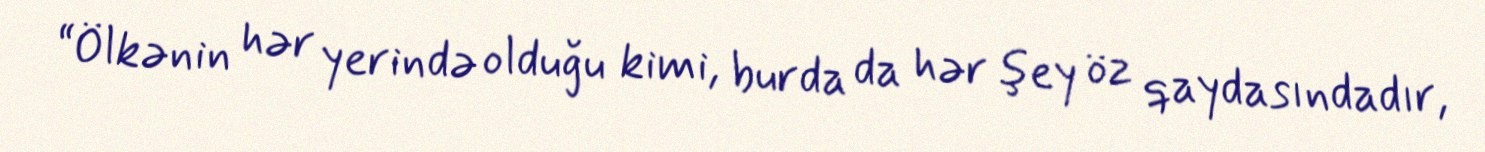
“Ölkənin hər yerində olduğu kimi, burda da hər şey öz qaydasındadır,